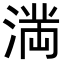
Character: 𭱩